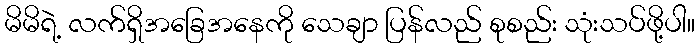
မိမိရဲ့ လက်ရှိအခြေအနေကို သေချာ ပြန်လည် စုစည်း သုံးသပ်ဖို့ပါ။